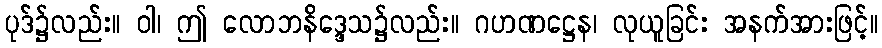
ပုဒ်၌လည်း။ ဝါ၊ ဤ လောဘနိဒ္ဒေသ၌လည်း။ ဂဟဏဋ္ဌေန၊ လုယူခြင်း အနက်အားဖြင့်။